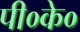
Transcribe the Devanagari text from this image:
पी०के०